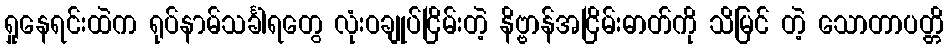
ရှုနေရင်းထဲက ရုပ်နာမ်သင်္ခါရတွေ လုံးဝချုပ်ငြိမ်းတဲ့ နိဗ္ဗာန်အငြိမ်းဓာတ်ကို သိမြင် တဲ့ သောတာပတ္တိ